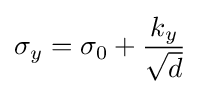
\sigma _{y}=\sigma _{0}+{k_{y} \over {\sqrt {d}}}